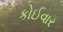
કોઈવાર